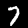
Label: 7